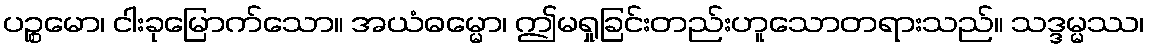
ပဉ္စမော၊ ငါးခုမြောက်သော။ အယံဓမ္မော၊ ဤမရှုခြင်းတည်းဟူသောတရားသည်။ သဒ္ဒမ္မဿ၊